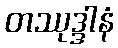
တဿုဒ္ဒါနံ